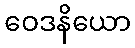
ဝေဒနိယော